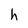
Character: h